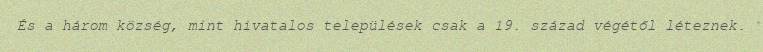
És a három község, mint hivatalos települések csak a 19. század végétől léteznek.